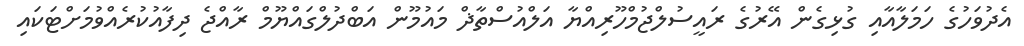
އެދުވަހުގެ ހަމަލާއާއި ގުޅިގެން އޭރުގެ ރައީސުލްޖުމްހޫރިއްޔާ އަލްއުސްތާޛް މައުމޫން އަބްދުލްގައްޔޫމް ރާއްޖެ ދިފާއުކުރެއްވުމަށްޓަކައި